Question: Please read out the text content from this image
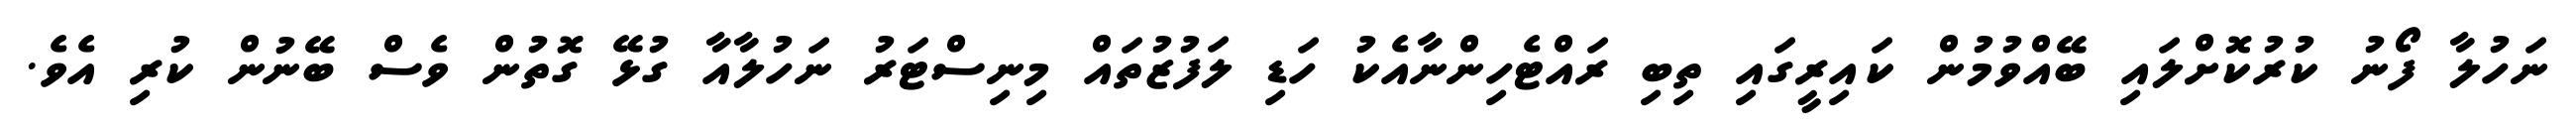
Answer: ނަހުލާ ފޯނު ކުރުކޮށްލައި ބޭއްވުމުން ކައިރީގައި ތިބި ރައްޓެހިންނާއެކު ހަޑި ލަފުޒުތައް މިނިސްޓަރު ނަހުލާއާ ގުޅޭ ގޮތުން ވެސް ބޭނުން ކުރި އެވެ.